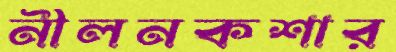
নীলনকশার